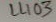
Text: L403